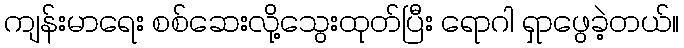
ကျန်းမာရေး စစ်ဆေးလို့သွေးထုတ်ပြီး ရောဂါ ရှာဖွေခဲ့တယ်။